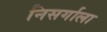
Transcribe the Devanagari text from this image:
निसर्गाला